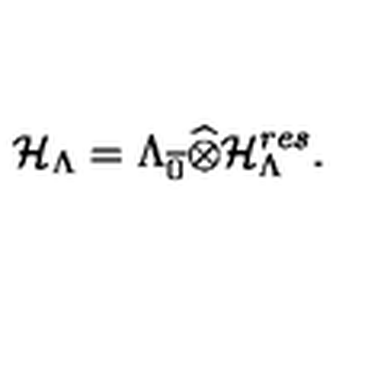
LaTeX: { \cal H } _ { \Lambda } = \Lambda _ { \overline { { 0 } } } \widehat { \otimes } { \cal H } _ { \Lambda } ^ { r e s } .